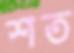
শত